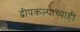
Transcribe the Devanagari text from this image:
द्वीपकल्पाच्याही